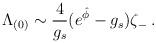
LaTeX: \begin{align*}\Lambda_{(0)} \sim {4\over g_s} (e^{\hat \phi} - g_s) \zeta_{-} \: . \end{align*}